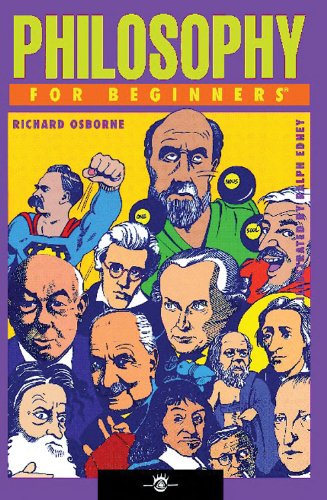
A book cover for Philosophy For Beginners; Richard Osborne; Politics & Social Sciences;